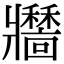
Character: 𤖣